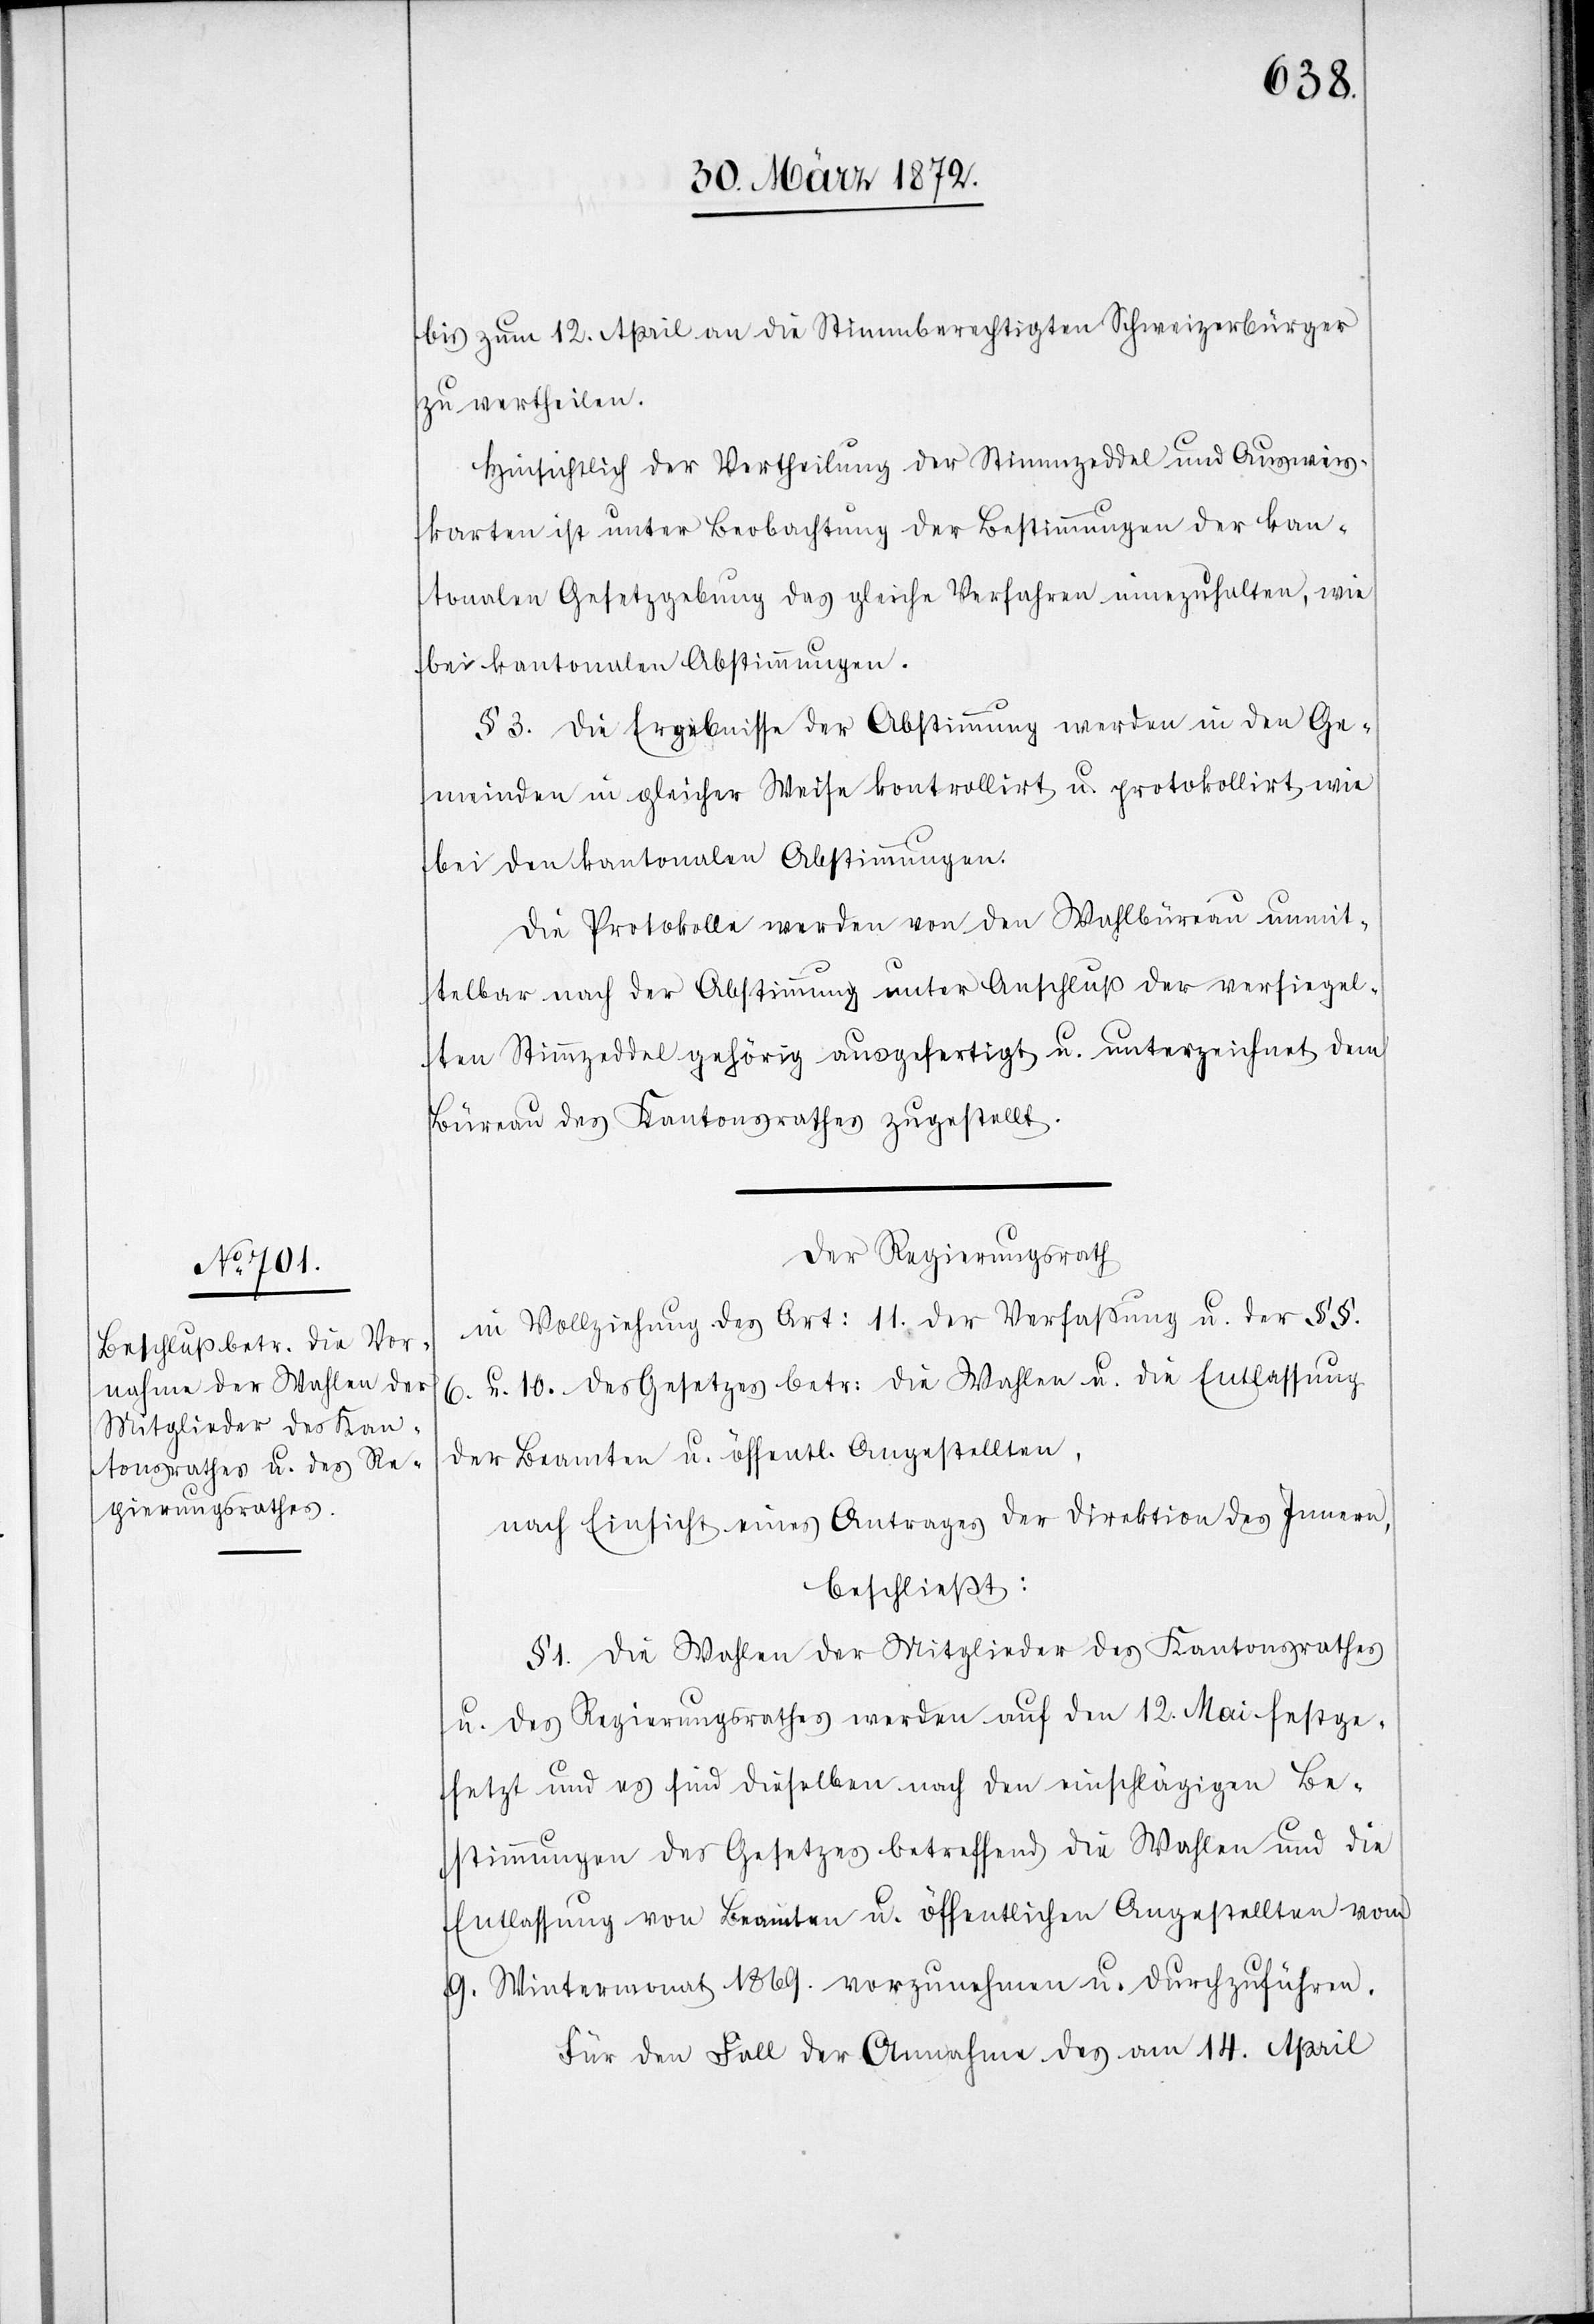
bis zum 12. April an die Stimmberechtigten Schweizerbürger
zu vertheilen.
Hinsichtlich der Vertheilung der Stimmzeddel und Ausweis¬
karten ist unter Beobachtung der Bestimmungen der kan¬
tonalen Gesetzgebung das gleiche Verfahren innezuhalten, wie
bei kantonalen Abstimmungen.
§ 3. Die Ergebnisse der Abstimmung werden in den Ge¬
meinden in gleicher Weise kontrollirt u. protokollirt wie
bei den kantonalen Abstimmungen.
Die Protokolle werden von den Wahlbüreau unmit¬
telbar nach der Abstimmung unter Anschluß der versiegel¬
ten Stimmzeddel gehörig ausgefertigt u. unterzeichnet dem
Büreau des Kantonsrathes zugestellt.
Der Regierungsrath
in Vollziehung des Art: 11. der Verfassung u. der §§.
6. u. 10. des Gesetzes betr: die Wahlen u. die Entlassung
der Beamten u. öffentl. Angestellten,
nach Einsicht eines Antrages der Direktion des Innern,
beschließt:
§ 1. Die Wahlen der Mitglieder des Kantonsrathes
u. des Regierungsrathes werden auf den 12. Mai festge¬
setzt und es sind dieselben nach den einschlägigen Be¬
stimmungen des Gesetzes betreffend die Wahlen und die
Entlassung von Beamten u. öffentlichen Angestellten vom
9. Wintermonat 1869. vorzunehmen u. durchzuführen.
Für den Fall der Annahme des am 14. April